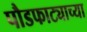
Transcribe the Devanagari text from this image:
पौडफाट्याच्या